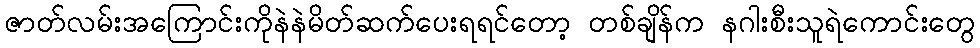
ဇာတ်လမ်းအကြောင်းကိုနဲနဲမိတ်ဆက်ပေးရရင်တော့ တစ်ချိန်က နဂါးစီးသူရဲကောင်းတွေ